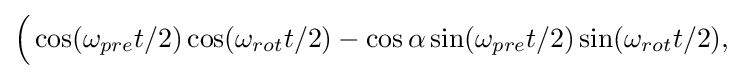
{\Big (}\cos(\omega _{pre}t/2)\cos(\omega _{rot}t/2)-\cos \alpha \sin(\omega _{pre}t/2)\sin(\omega _{rot}t/2),\